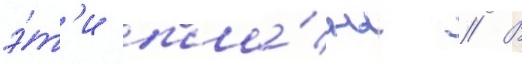
э́т'и пла́ны // В